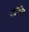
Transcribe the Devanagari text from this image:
बहुजीन